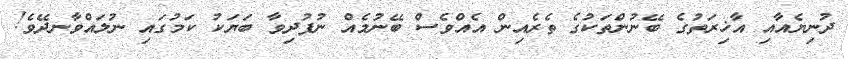
ދުނިޔެއާއި އާޚިރަތުގެ ބޭނުންތަކުގެ ތެރެއިން އެއްވެސް ބޭނުމެއް ނުފުދިވާ ބަޔަކު ކަމުގައި ނުލައްވާނދޭވެ!